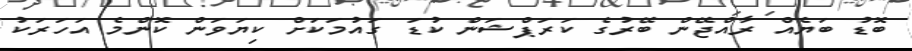
ބޮޑު ބަޔެއް ރާއްޖޭން ބޭރުގެ ކަރަޕްޝަން ކުޑަ ގައުމަކަށް ކިޔަވަން ކޮންމެ އަހަރަކު